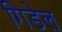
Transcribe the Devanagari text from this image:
गिडेल